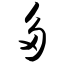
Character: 多